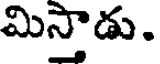
మిస్తాడు.